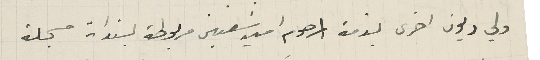
ولي ديون اخرى بذمة المرحوم امين شعنين مربوطة بسندات مسجلة